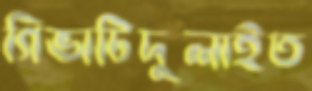
গিভাটিদুলাইত